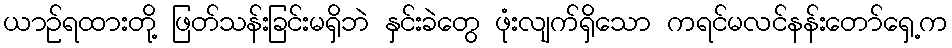
ယာဉ်ရထားတို့ ဖြတ်သန်းခြင်းမရှိဘဲ နှင်းခဲတွေ ဖုံးလျက်ရှိသော ကရင်မလင်နန်းတော်ရှေ့က